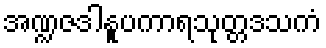
အဏ္ဍဇဒါနူပကာရသုတ္တဒသကံ